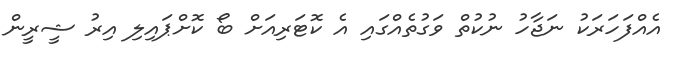
އެއްފަހަރަކު ނަޖާހު ނުކުތް ވަގުތެއްގައި އެ ކޮޓަރިއަށް ބޯ ކޮށްޕައިލި އިރު ޝީރީން